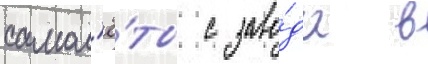
самол'ё́ты с заво́да в